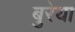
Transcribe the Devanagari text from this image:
बुरेया